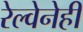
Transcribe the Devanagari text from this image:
रेल्वेनेही